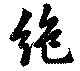
絶